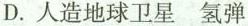
D.人造地球卫星 氢弹